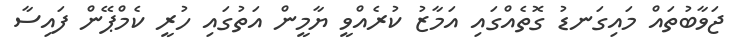
ޖަވާބުތައް މައިގަނޑު ގޮތެއްގައި އަމާޒު ކުރެއްވީ ޔާމީން އަތުގައި ހުރީ ކެމްޕޭން ފައިސާ